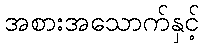
အစားအသောက်နှင့်